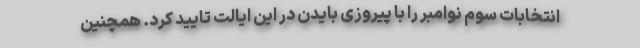
انتخابات سوم نوامبر را با پیروزی بایدن در این ایالت تایید کرد. همچنین